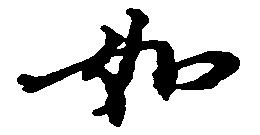
如